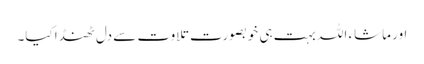
اور ماشاء اللہ بہت ہی خوبصورت تلاوت سے دل ٹھنڈا کیا۔